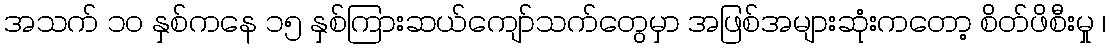
အသက် ၁၀ နှစ်ကနေ ၁၅ နှစ်ကြားဆယ်ကျော်သက်တွေမှာ အဖြစ်အများဆုံးကတော့ စိတ်ဖိစီးမှု ၊